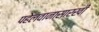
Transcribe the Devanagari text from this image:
पहेलवानासारखी